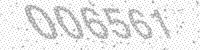
Solution: 006561